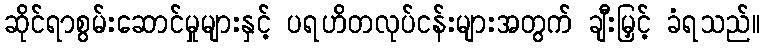
ဆိုင်ရာစွမ်းဆောင်မှုများနှင့် ပရဟိတလုပ်ငန်းများအတွက် ချီးမြှင့် ခံရသည်။